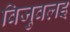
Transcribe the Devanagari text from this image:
विजुवलइ